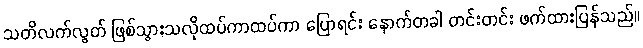
သတိလက်လွတ် ဖြစ်သွားသလိုထပ်ကာထပ်ကာ ပြောရင်း နောက်တခါ တင်းတင်း ဖက်ထားပြန်သည်။